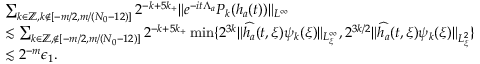
\begin{array} { r l } & { \sum _ { k \in \mathbb { Z } , k \notin [ - m / 2 , m / ( N _ { 0 } - 1 2 ) ] } 2 ^ { - k + 5 k _ { + } } \| e ^ { - i t \Lambda _ { a } } P _ { k } ( h _ { a } ( t ) ) \| _ { L ^ { \infty } } } \\ & { \lesssim \sum _ { k \in \mathbb { Z } , \notin [ - m / 2 , m / ( N _ { 0 } - 1 2 ) ] } 2 ^ { - k + 5 k _ { + } } \operatorname* { m i n } \{ 2 ^ { 3 k } \| \widehat { h _ { a } } ( t , \xi ) \psi _ { k } ( \xi ) \| _ { L _ { \xi } ^ { \infty } } , 2 ^ { 3 k / 2 } \| \widehat { h _ { a } } ( t , \xi ) \psi _ { k } ( \xi ) \| _ { L _ { \xi } ^ { 2 } } \} } \\ & { \lesssim 2 ^ { - m } \epsilon _ { 1 } . } \end{array}